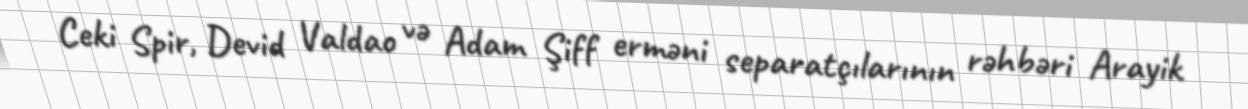
Ceki Spir, Devid Valdao və Adam Şiff erməni separatçılarının rəhbəri Arayik